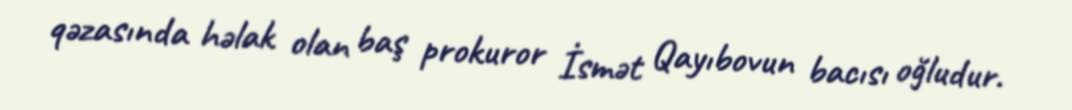
qəzasında həlak olan baş prokuror İsmət Qayıbovun bacısı oğludur.